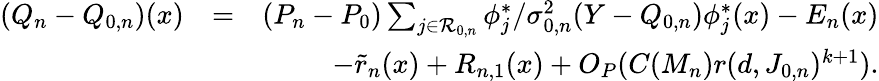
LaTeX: \begin{array}{rlr}{(Q_{n}-Q_{0,n})(x)}&{=}&{(P_{n}-P_{0})\sum_{j\in{\cal R}_{0,n}}\phi_{j}^{*}/\sigma_{0,n}^{2}(Y-{Q_{0,n}})\phi_{j}^{*}(x)-E_{n}(x)}\\ &{}&{-\tilde{r}_{n}(x)+R_{n,1}(x)+O_{P}(C(M_{n})r(d,J_{0,n})^{k+1}).}\end{array}